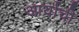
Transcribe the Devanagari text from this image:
आर्याची